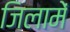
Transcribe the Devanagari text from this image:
जिलामें